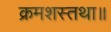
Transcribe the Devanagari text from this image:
क्रमशस्तथा॥